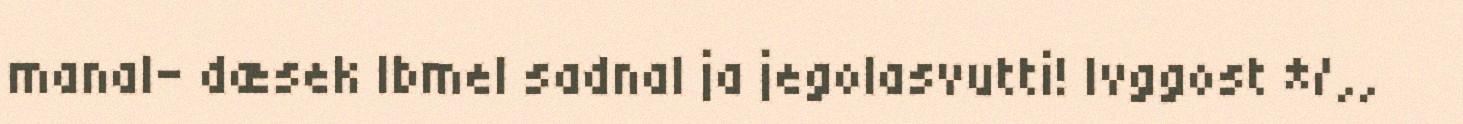
manal- dæsek Ibmel sadnal ja jegolasvutti! Ivggost */,,